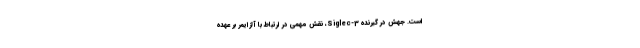
است. جهش در گیرنده‌ Siglec-3، نقش مهمی در ارتباط با آلزایمر بر عهده